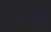
ડખા